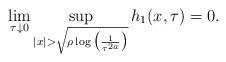
LaTeX: \begin{align*} \lim_{\tau \downarrow 0}\sup_{|x| > \sqrt{\rho \log\big(\frac{1}{\tau^{2a}}\big)}} h_{1}(x,\tau) = 0.\end{align*}